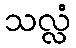
သလ္လံ